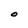
Character: O